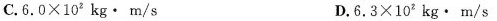
C.6.0×10°kg·m/s D.6.3×10zkg·m/s